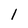
Character: l